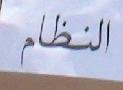
النظاام